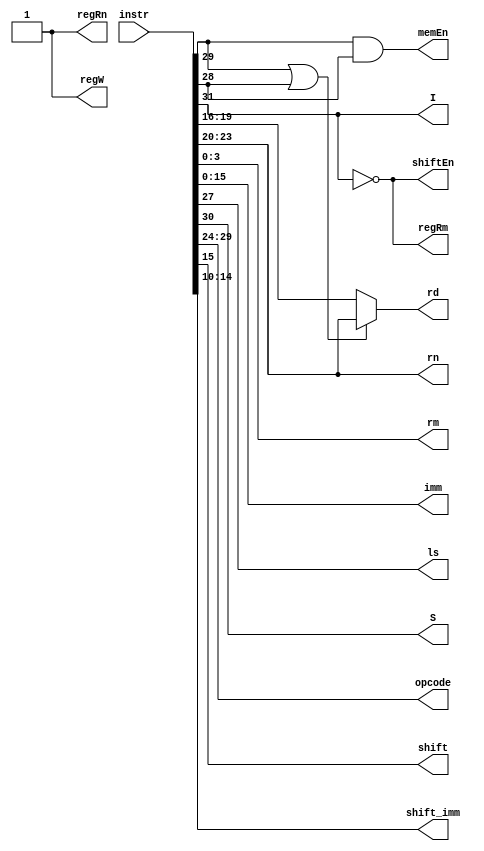
module control(instr, rn, rm, rd, imm, memEn, regW, regRn, regRm, ls, I, S, opcode, shift, shift_imm, shiftEn);

input [31:0] instr;
output reg [3:0] rn, rm, rd;
output reg memEn, regW, regRn, regRm, I, S, ls, shift, shiftEn;
output reg [4:0] shift_imm;
output reg [5:0] opcode;
output reg [15:0] imm;
reg temp;

//sign_extend sign(instr[15:0], imm);

always@(instr)
begin
	I = instr[31];
	S = instr[30];
	memEn = instr[29] & instr[28];
	ls = instr[27];
	temp = instr[29] | instr[28];
	if((memEn == 2'b11) && (instr[27] == 0))
		regW = 0;
	else 
		regW = 1;
	regRn = 1;
	regRm = ~I;
	rn = instr[23:20];
	rm = instr[3:0];
	if(temp == 1)
		rd = instr[23:20];
	else 
		rd = instr[19:16];
	
	opcode = instr[29:24];
	shiftEn = ~I;
	shift = instr[15];
	shift_imm = instr[14:10];
	imm = instr;
end

endmodule